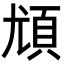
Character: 𩑣